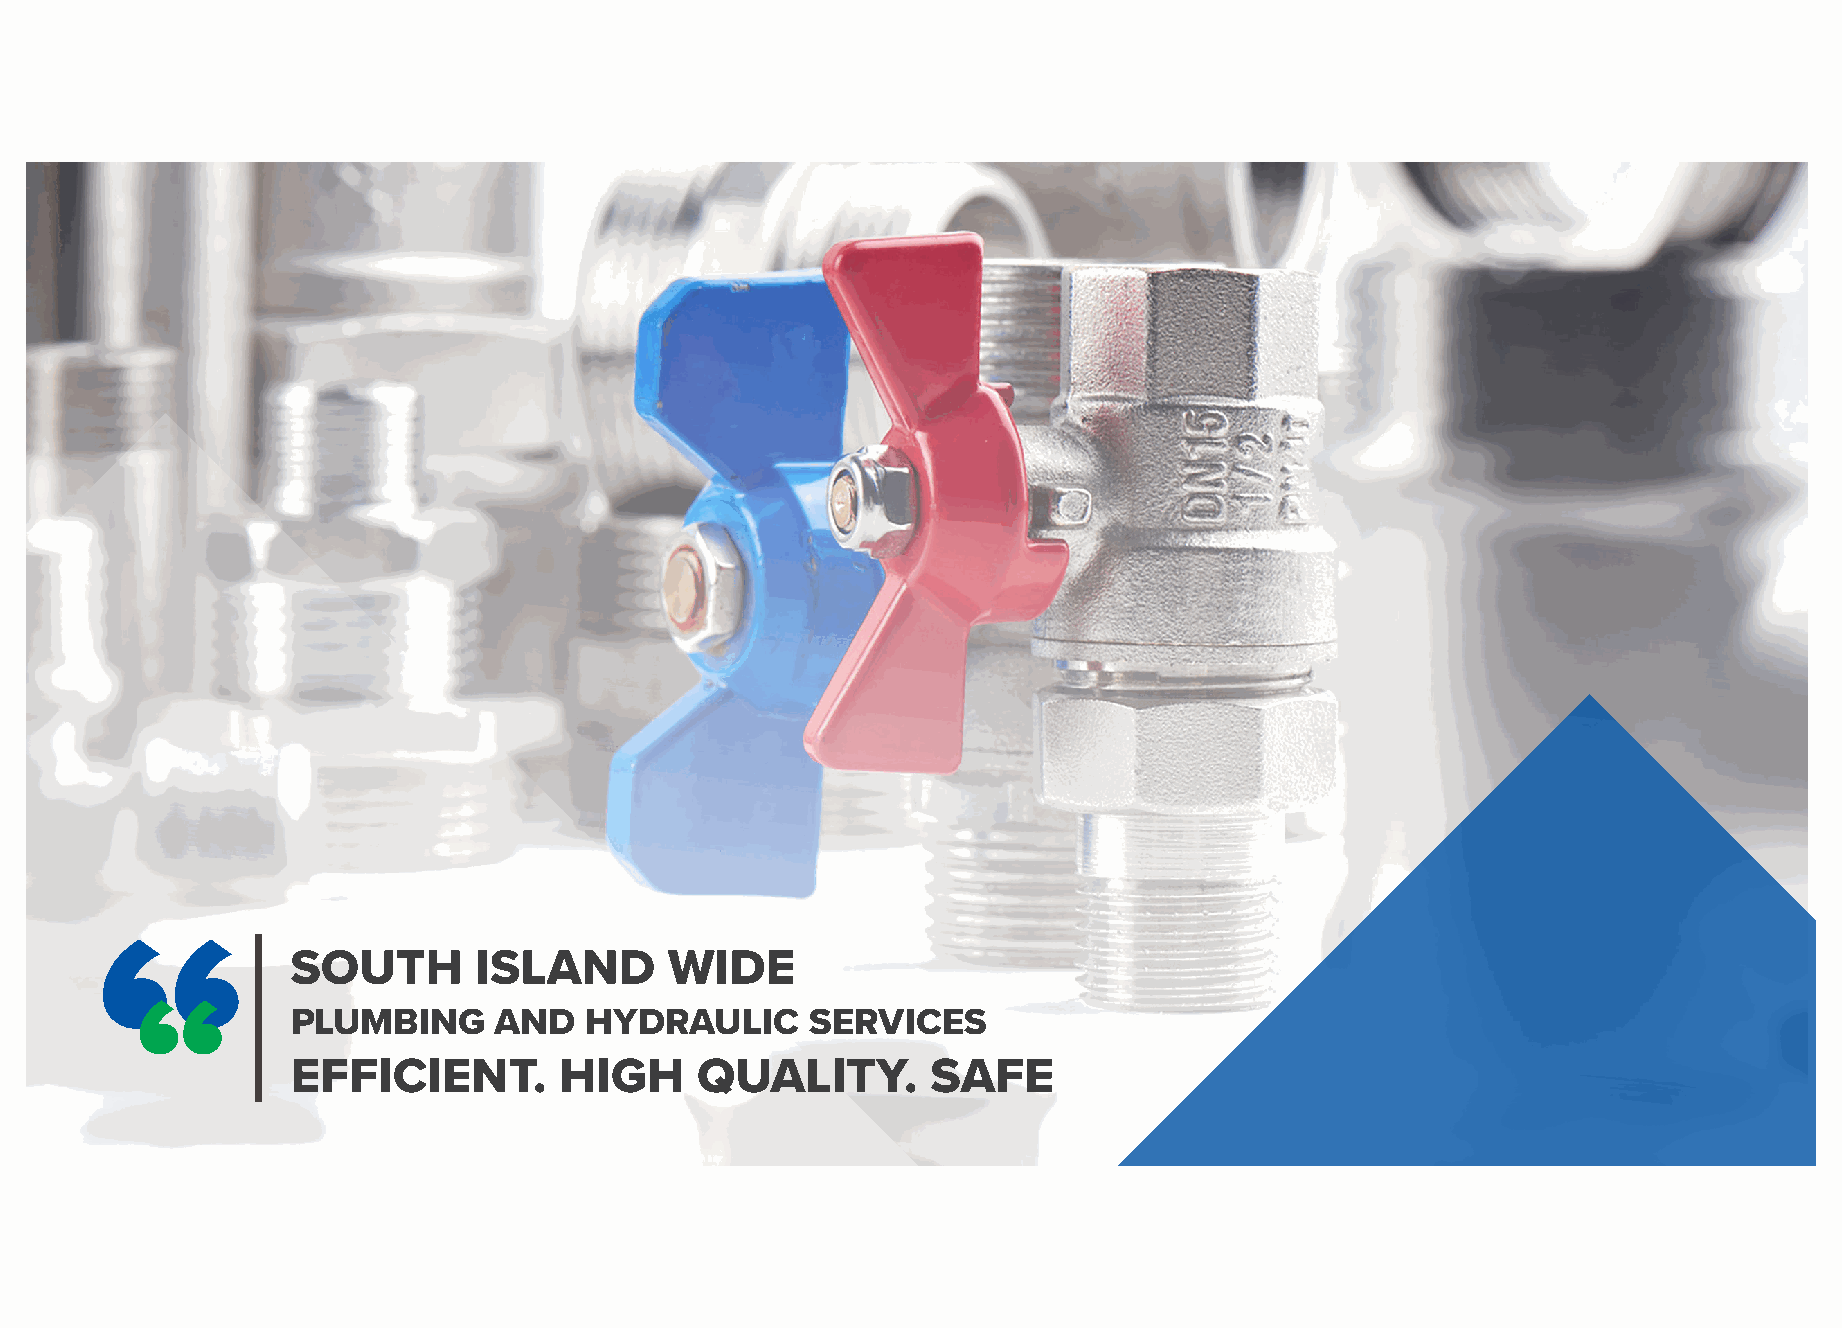
SOUTH       ISLAND       WIDE
 PLUMBING      AND   HYDRAULIC      SERVICES
 EFFICIENT.        HIGH     QUALITY.        SAFE